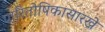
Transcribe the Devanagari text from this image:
पारितोषिकासारखे